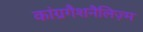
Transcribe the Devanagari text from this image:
कांग्रगैशनैलिज़्म